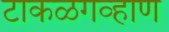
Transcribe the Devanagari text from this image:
टाकळगव्हाण